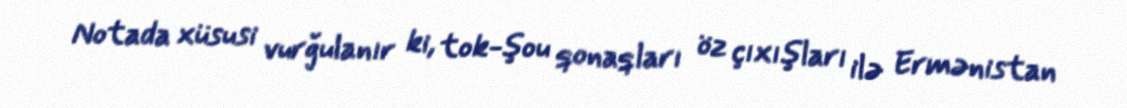
Notada xüsusi vurğulanır ki, tok-şou qonaqları öz çıxışları ilə Ermənistan